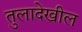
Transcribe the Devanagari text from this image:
तुलादेखील